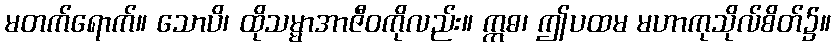
မတက်ရောက်။ သောပိ၊ ထိုသမ္မာအာဇီဝကိုလည်း။ ဣဓ၊ ဤပထမ မဟာကုသိုလ်စိတ်၌။